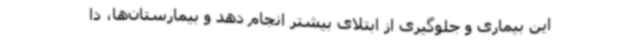
این بیماری و جلوگیری از ابتلای بیشتر انجام دهد و بیمارستان‌ها، دا